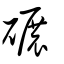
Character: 碾